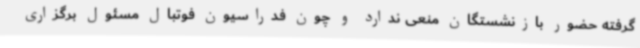
گرفته حضور بازنشستگان منعی ندارد و چون فدراسیون فوتبال مسئول برگزاری